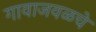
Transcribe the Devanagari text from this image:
गावाजवळचे